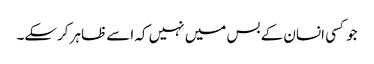
جو کسی انسان کے بس میں نہیں کہ اسے ظاہر کرسکے۔